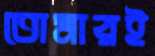
তোমারই